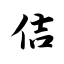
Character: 佶